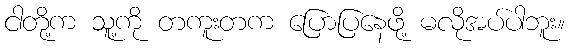
ငါတို့က သူ့ကို တကူးတက ပြောပြနေဖို့ မလိုအပ်ပါဘူး။